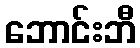
ဘောင်းဘီ